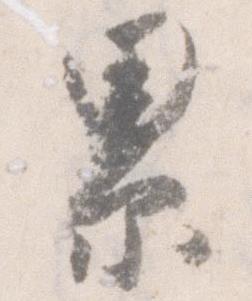
累